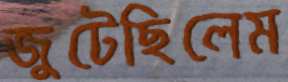
জুটেছিলেম